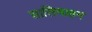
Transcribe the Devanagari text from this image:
सालिवाहन